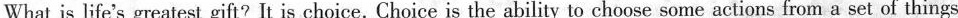
What is life's greatest gift? It is choice. Choice is the ability to choose some actions from a set of things